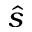
\hat { s }